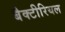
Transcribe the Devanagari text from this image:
बैक्‍टीरियल